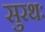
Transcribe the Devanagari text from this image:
सुरथः